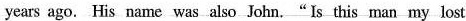
years ago. His name was also John."Is this man my lost